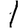
Digit: 1